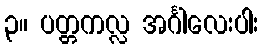
၃။ ပတ္တကလ္လ အင်္ဂါလေးပါး